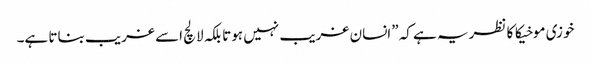
خوزی موخیکا کا نظریہ ہے کہ ”انسان غریب نہیں ہوتا بلکہ لالچ اسے غریب بناتا ہے۔